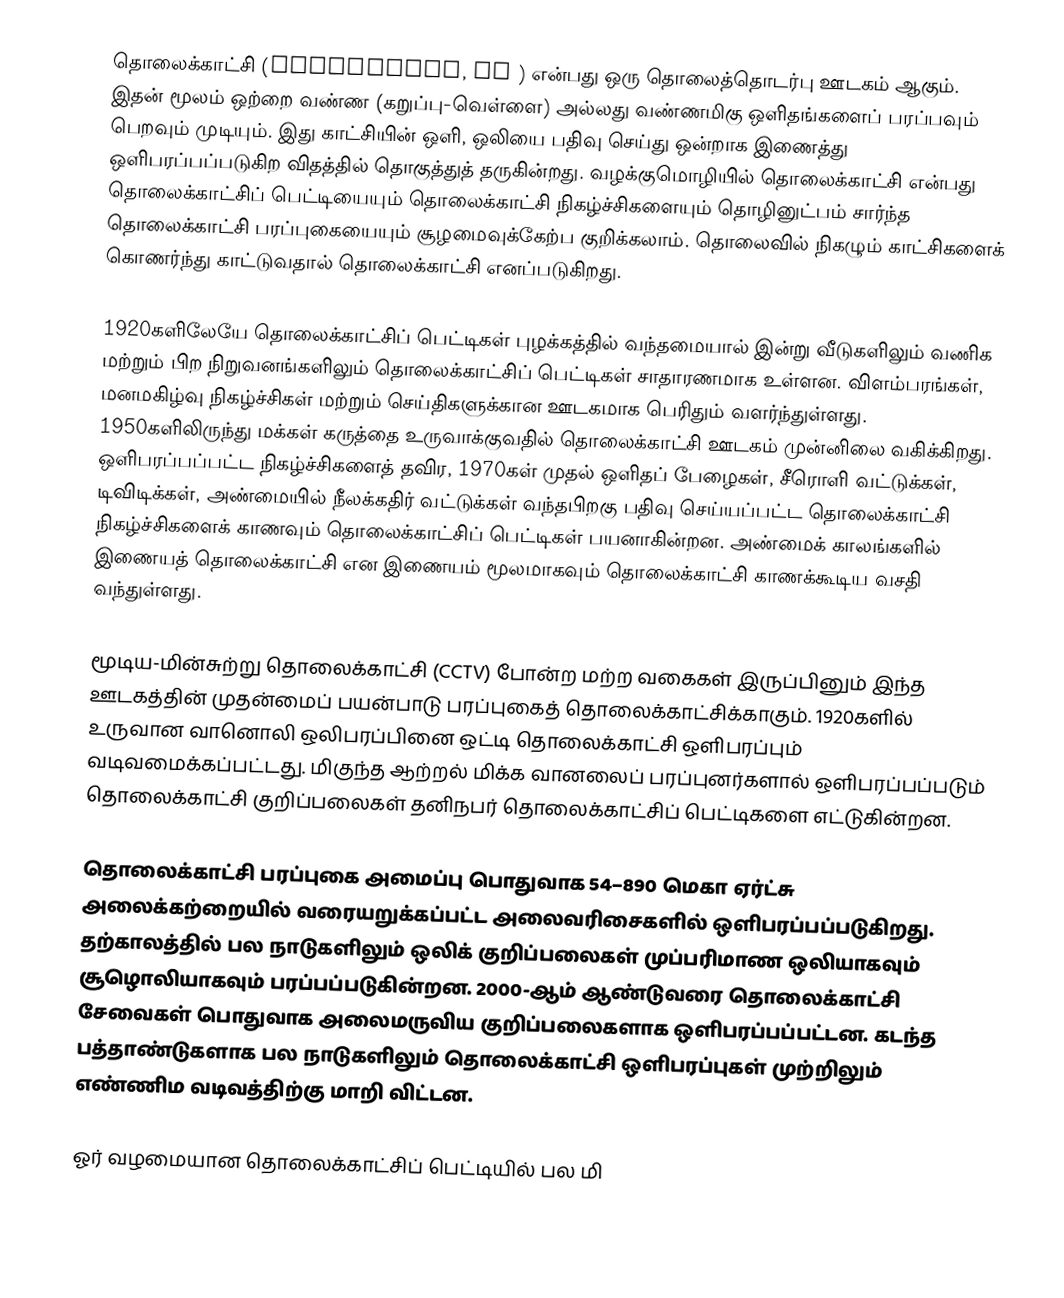
தொலைக்காட்சி (Television, TV ) என்பது ஒரு தொலைத்தொடர்பு ஊடகம் ஆகும். இதன் மூலம் ஒற்றை வண்ண (கறுப்பு-வெள்ளை) அல்லது  வண்ணமிகு ஒளிதங்களைப் பரப்பவும் பெறவும் முடியும். இது காட்சியின் ஒளி, ஒலியை பதிவு செய்து ஒன்றாக இணைத்து ஒளிபரப்பப்படுகிற விதத்தில் தொகுத்துத் தருகின்றது. வழக்குமொழியில் தொலைக்காட்சி என்பது தொலைக்காட்சிப் பெட்டியையும் தொலைக்காட்சி நிகழ்ச்சிகளையும் தொழினுட்பம் சார்ந்த தொலைக்காட்சி பரப்புகையையும் சூழமைவுக்கேற்ப குறிக்கலாம். தொலைவில் நிகழும் காட்சிகளைக் கொணர்ந்து காட்டுவதால் தொலைக்காட்சி எனப்படுகிறது.

1920களிலேயே தொலைக்காட்சிப் பெட்டிகள் புழக்கத்தில் வந்தமையால் இன்று வீடுகளிலும் வணிக மற்றும் பிற நிறுவனங்களிலும் தொலைக்காட்சிப் பெட்டிகள் சாதாரணமாக உள்ளன. விளம்பரங்கள், மனமகிழ்வு நிகழ்ச்சிகள் மற்றும் செய்திகளுக்கான ஊடகமாக பெரிதும்  வளர்ந்துள்ளது. 1950களிலிருந்து மக்கள் கருத்தை உருவாக்குவதில் தொலைக்காட்சி ஊடகம் முன்னிலை வகிக்கிறது. ஒளிபரப்பப்பட்ட நிகழ்ச்சிகளைத் தவிர, 1970கள் முதல்  ஒளிதப் பேழைகள், சீரொளி வட்டுக்கள், டிவிடிக்கள்,  அண்மையில்  நீலக்கதிர் வட்டுக்கள் வந்தபிறகு பதிவு செய்யப்பட்ட தொலைக்காட்சி நிகழ்ச்சிகளைக் காணவும் தொலைக்காட்சிப் பெட்டிகள் பயனாகின்றன. அண்மைக் காலங்களில் இணையத் தொலைக்காட்சி என இணையம் மூலமாகவும் தொலைக்காட்சி காணக்கூடிய வசதி வந்துள்ளது.

மூடிய-மின்சுற்று தொலைக்காட்சி (CCTV) போன்ற மற்ற வகைகள் இருப்பினும் இந்த ஊடகத்தின் முதன்மைப் பயன்பாடு பரப்புகைத் தொலைக்காட்சிக்காகும். 1920களில் உருவான வானொலி ஒலிபரப்பினை ஒட்டி தொலைக்காட்சி ஒளிபரப்பும் வடிவமைக்கப்பட்டது.  மிகுந்த ஆற்றல் மிக்க வானலைப் பரப்புனர்களால் ஒளிபரப்பப்படும் தொலைக்காட்சி குறிப்பலைகள் தனிநபர் தொலைக்காட்சிப் பெட்டிகளை எட்டுகின்றன.

தொலைக்காட்சி பரப்புகை அமைப்பு பொதுவாக 54–890 மெகா ஏர்ட்சு அலைக்கற்றையில் வரையறுக்கப்பட்ட அலைவரிசைகளில் ஒளிபரப்பப்படுகிறது. தற்காலத்தில் பல நாடுகளிலும் ஒலிக் குறிப்பலைகள் முப்பரிமாண ஒலியாகவும் சூழொலியாகவும் பரப்பப்படுகின்றன. 2000-ஆம் ஆண்டுவரை தொலைக்காட்சி சேவைகள் பொதுவாக அலைமருவிய குறிப்பலைகளாக ஒளிபரப்பப்பட்டன. கடந்த பத்தாண்டுகளாக பல நாடுகளிலும் தொலைக்காட்சி ஒளிபரப்புகள் முற்றிலும் எண்ணிம வடிவத்திற்கு மாறி விட்டன.

ஓர் வழமையான தொலைக்காட்சிப் பெட்டியில் பல மி